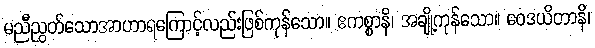
မညီညွတ်သောအာဟာရကြောင့်လည်းဖြစ်ကုန်သော။ ဧကစ္စာနိ၊ အချို့ကုန်သော။ ဝေဒယိတာနိ၊